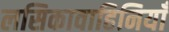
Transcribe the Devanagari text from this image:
लसिकावाहिनियाँ